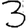
Digit: 3